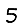
Digit: 5